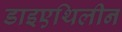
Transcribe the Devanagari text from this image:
डाइएथिलीन